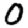
Digit: 0